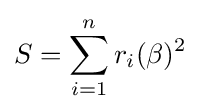
S=\sum _{i=1}^{n}r_{i}(\beta )^{2}